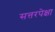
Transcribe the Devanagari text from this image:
सत्तरपेक्षा